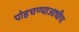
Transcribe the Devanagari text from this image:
पोहचण्याआधीच